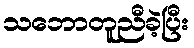
သဘောတူညီခဲ့ပြီး